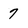
Character: 7